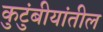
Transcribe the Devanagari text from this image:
कुटुंबीयांतील